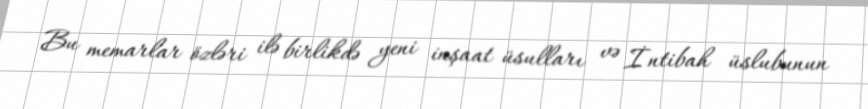
Bu memarlar özləri ilə birlikdə yeni inşaat üsulları və İntibah üslubunun